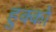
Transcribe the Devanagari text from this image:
हुक्कों